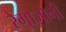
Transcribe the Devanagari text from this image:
रेगाज़ोनी